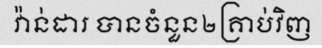
វ៉ាន់ដារ បានចំនួន២គ្រាប់វិញ